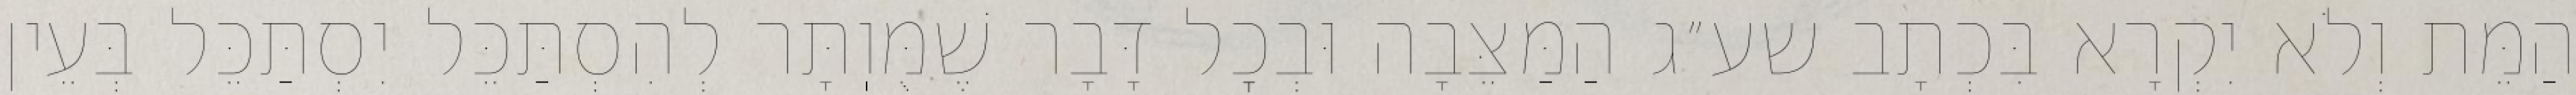
הַמֵּת וְלֹא יִקְרָא בִּכְתָב שע״ג הַמַּצֵּבָה וּבְכׇל דָּבָר שֶׁמֻּוֽתָּר לְהִסְתַּכֵּל יִסְתַּכֵּל בְּעֵין